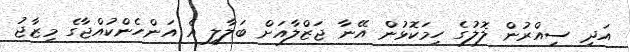
އަދި ސިއްރުން ލޮލުގެ ހިމަކޮޅުން އޭނާ ޖަޒްލާއަށް ބަލާލީ އެ އަންހެންކުއްޖާގެ މިޒާޖު